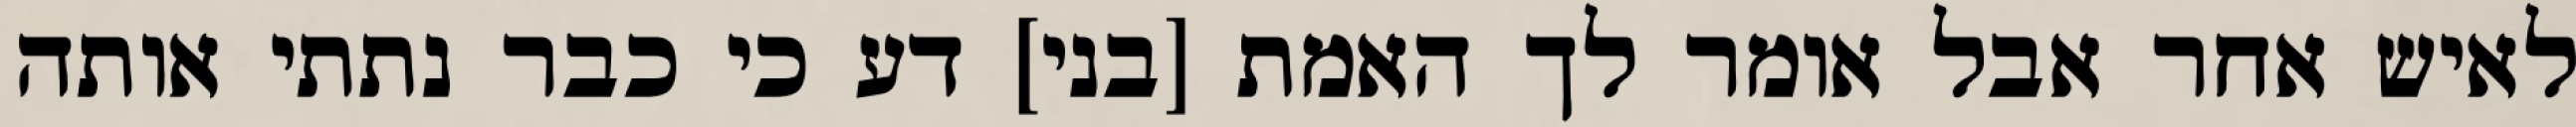
לאיש אחר אבל אומר לך האמת [בני] דע כי כבר נתתי אותה